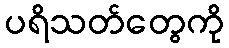
ပရိသတ်တွေကို